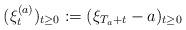
LaTeX: \begin{align*}( \xi^{(a)}_t)_{t\geq 0}:=( \xi_{T_a+t}-a)_{t\geq 0}\end{align*}